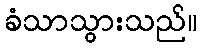
ခံသာသွားသည်။